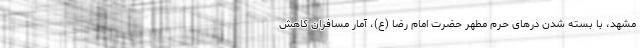
مشهد، با بسته شدن درهای حرم مطهر حضرت امام رضا (ع)، آمار مسافران کاهش